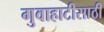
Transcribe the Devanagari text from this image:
गुवाहाटीसाठी